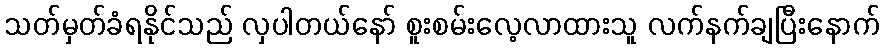
သတ်မှတ်ခံရနိုင်သည် လှပါတယ်နော် စူးစမ်းလေ့လာထားသူ လက်နက်ချပြီးနောက်